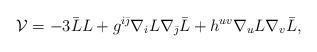
LaTeX: \begin{align*}{\cal V} = -3 \bar L L + g^{i\bar \jmath} \nabla_i L \nabla_{\bar \jmath} \bar L + h^{uv} \nabla_u L \nabla_v \bar L ,\end{align*}